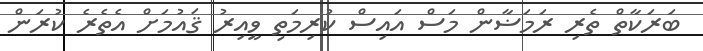
ބަރަކާތް ތެރި ރަމަޟާން މަސް އައިސް ކުރިމަތި ވީއިރު ޤައުމަށް އެތެރެ ކުރަން